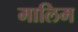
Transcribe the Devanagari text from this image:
मालिम